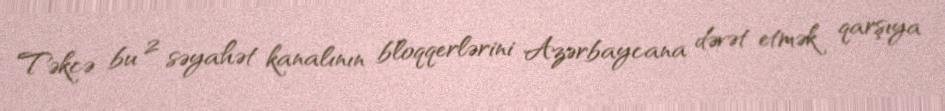
Təkcə bu 2 səyahət kanalının bloqqerlərini Azərbaycana dəvət etmək qarşıya